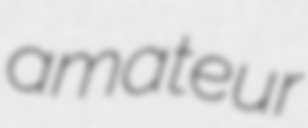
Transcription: amateur